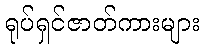
ရုပ်ရှင်ဇာတ်ကားများ